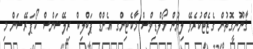
ޤާނޫނީގޮތުން ގެޒެޓްކުރެވޭ ލިޔުން މޯލްޑިވްސް މާކެޓިންގ އެންޑް ޕަބްލިކް ރިލޭޝަންސް ކޯޕަރޭޝަން މި